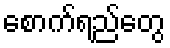
စောက်ရည်တွေ